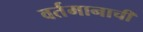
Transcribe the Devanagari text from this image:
वर्तमानाची